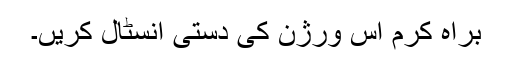
براہ کرم اس ورژن کی دستی انسٹال کریں۔